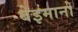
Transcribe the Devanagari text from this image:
बेइमानों